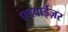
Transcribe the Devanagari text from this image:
एडवाईज़र